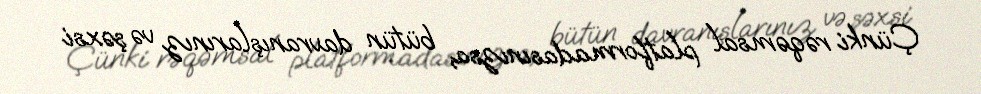
Çünki rəqəmsal platformadasınızsa, bütün davranışlarınız və şəxsi